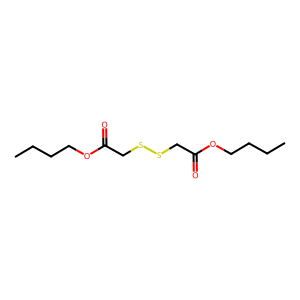
SMILES: CCCCOC(=O)CSSCC(=O)OCCCC
Inhibits HIV replication: No